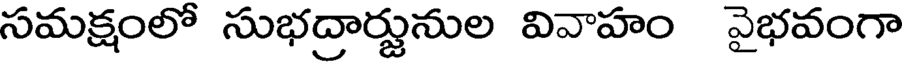
సమక్షంలో సుభద్రార్జునుల వివాహం వైభవంగా